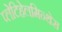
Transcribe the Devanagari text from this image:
प्लेटिहेलमिन्थेस